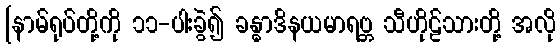
[နာမ်ရုပ်တို့ကို ၁၁-ပါးခွဲ၍ ခန္ဓာဒိနယမာရဗ္ဘ သီဟိုဠ်သားတို့ အလို